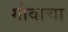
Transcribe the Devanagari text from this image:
गोवाचा